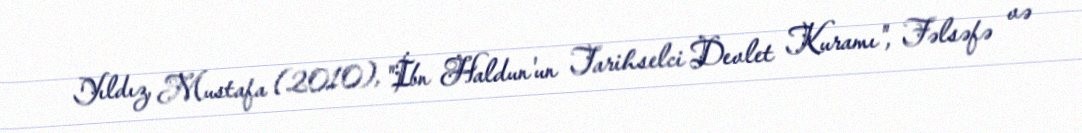
Yıldız, Mustafa (2010), "İbn Haldun'un Tarihselci Devlet Kuramı", Fəlsəfə və